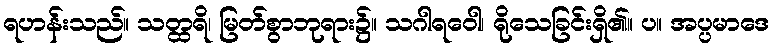
ရဟန်းသည်။ သတ္ထရိ၊ မြတ်စွာဘုရား၌။ သဂါရဝေါ၊ ရိုသေခြင်းရှိ၏။ ပ။ အပ္ပမာဒေ